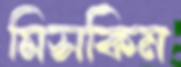
মিসকিন